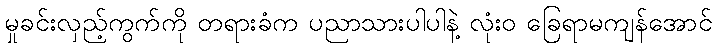
မှုခင်းလှည့်ကွက်ကို တရားခံက ပညာသားပါပါနဲ့ လုံးဝ ခြေရာမကျန်အောင်